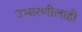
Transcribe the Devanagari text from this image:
उभारणीलाही